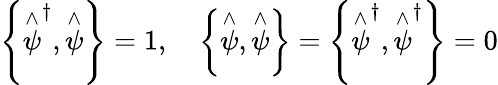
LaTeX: \left\{ \stackrel{\wedge}{\psi}^{\dagger},\stackrel{\wedge}{\psi}\right\} =1,\quad\left\{ \stackrel{\wedge}{\psi},\stackrel{\wedge}{\psi}\right\} =\left\{ \stackrel{\wedge}{\psi}^{\dagger},\stackrel{\wedge}{\psi}^{\dagger}\right\} =0